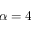
\alpha = 4